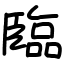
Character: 臨